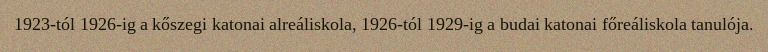
1923-tól 1926-ig a kőszegi katonai alreáliskola, 1926-tól 1929-ig a budai katonai főreáliskola tanulója.